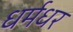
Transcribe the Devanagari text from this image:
धर्मधर